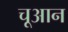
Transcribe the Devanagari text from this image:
चूआन